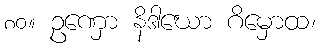
၈၀။ ဥဏှော နိဒါဃော ဂိမှောထ၊